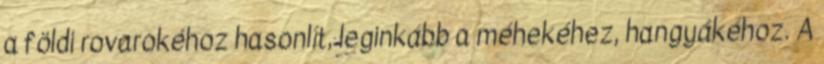
a földi rovarokéhoz hasonlít, leginkább a méhekéhez, hangyákéhoz. A